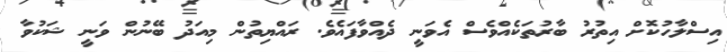
އިސްލާހުކޮށް އިތުރު ބާރުތަކެއްވެސް އެވަނީ ދެއްވާފައެވެ. ރައްޔިތުން މިއަދު ބޭނުން ވަނީ ޝަކުވާ